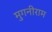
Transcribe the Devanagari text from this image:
मुगनीराम